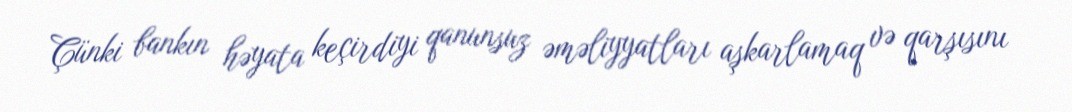
Çünki bankın həyata keçirdiyi qanunsuz əməliyyatları aşkarlamaq və qarşısını